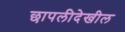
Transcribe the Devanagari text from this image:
छापलीदेखील